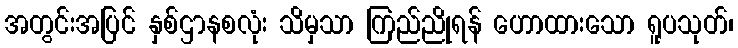
အတွင်းအပြင် နှစ်ဌာနစလုံး သိမှသာ ကြည်ညိုရန် ဟောထားသော ရူပသုတ်၊